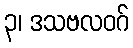
၃၊ ဒသဗလဝဂ်